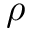
\rho